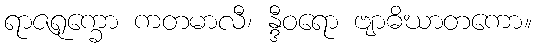
ရာဇရုက္ခော ကတမာလီ၊ န္ဒီဝရော ဗျာဓိဃာတကော။